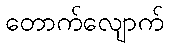
တောက်လျောက်